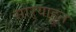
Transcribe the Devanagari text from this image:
साऱ्याहून